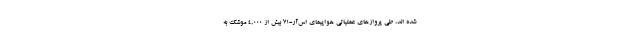
شده اند، طی پروازهای عملیاتی هواپیمای اس‌آر-71 بیش از 4,000 موشک به